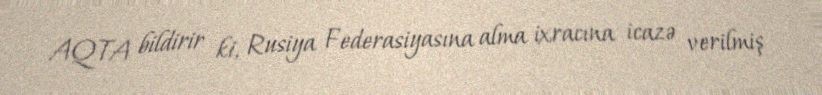
AQTA bildirir ki, Rusiya Federasiyasına alma ixracına icazə verilmiş